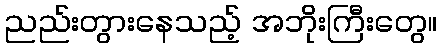
ညည်းတွားနေသည့် အဘိုးကြီးတွေ။